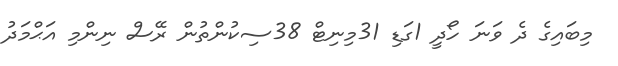
މިބައިގެ ދެ ވަނަ ހޯދީ 1ގަޑި 31މިނިޓް 38ސިކުންތުން ރޭސް ނިންމި އަޙްމަދު